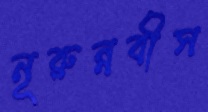
নূরুন্নবীস